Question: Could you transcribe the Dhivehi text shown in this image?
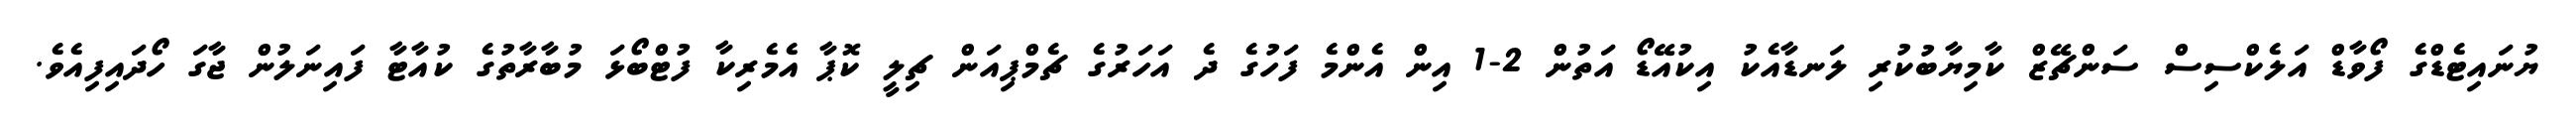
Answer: ޔުނައިޓެޑްގެ ފޯވާޑް އަލެކްސިސް ސަންޗޭޒް ކާމިޔާބުކުރި ލަނޑާއެކު އިކުއޭޑޯ އަތުން 2-1 އިން އެންމެ ފަހުގެ ދެ އަހަރުގެ ޗެމްޕިއަން ޗިލީ ކޮޕާ އެމެރިކާ ފުޓްބޯޅަ މުބާރާތުގެ ކުއާޓާ ފައިނަލުން ޖާގަ ހޯދައިފިއެވެ.